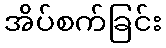
အိပ်စက်ခြင်း